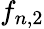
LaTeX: f_{n,2}